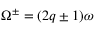
\Omega ^ { \pm } = ( 2 q \pm 1 ) \omega